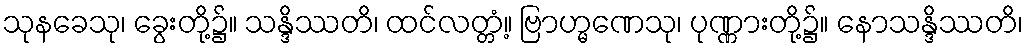
သုနခေသု၊ ခွေးတို့၌။ သန္ဒိဿတိ၊ ထင်လတ္တံ့။ ဗြာဟ္မဏေသု၊ ပုဏ္ဏားတို့၌။ နောသန္ဒိဿတိ၊